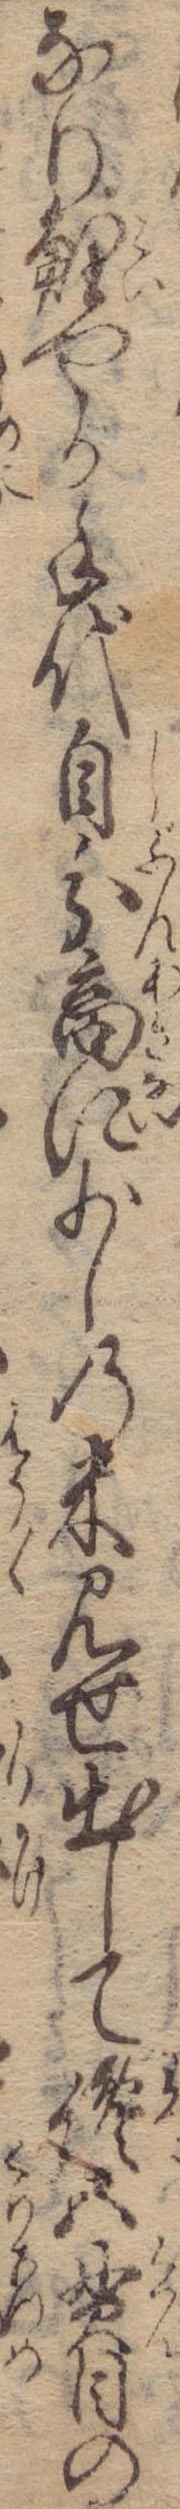
なり鯉やが手代自分商に少しの米見せ出して纔五貫目の